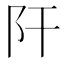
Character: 𨸗